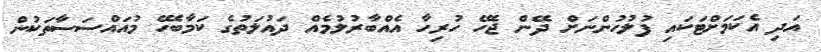
އަދި އެކަމަށްޓަކައި ފުލުހުންނަށް ދޭން ޖެހޭ ހުރިހާ އެއްބާރުލުމެއް ދައުލަތުގެ ކަމާބެހޭ މުއައްސަސާތަކުން